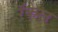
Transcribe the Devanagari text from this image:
रॅकेल